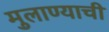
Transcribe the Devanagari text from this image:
मुलाण्याची